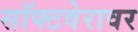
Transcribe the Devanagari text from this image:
सॉफ्टवेरावर